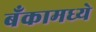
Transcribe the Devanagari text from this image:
बँकामध्ये